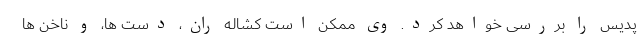
پدیس را بررسی خواهد کرد. وی ممکن است کشاله ران، دست ها، و ناخن ها